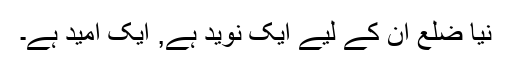
نیا ضلع ان کے لیے ایک نوید ہے, ایک امید ہے۔